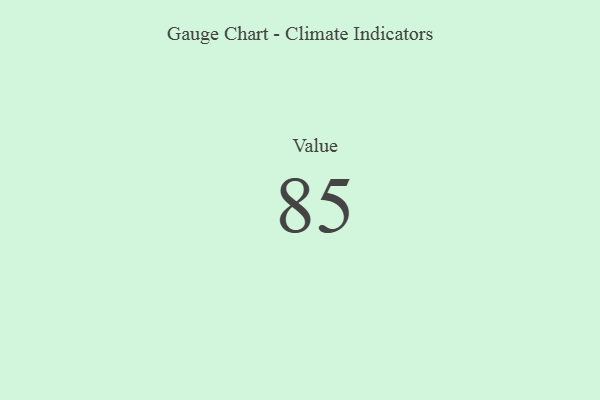
{"axis": {"x": "Metric", "y": "Value"}, "legend": [""], "data": [{"x": "Value", "y": 85, "type": ""}]}